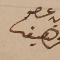
عن عضو ملحم سعيفان